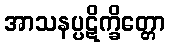
အာသနပ္ပဋိက္ခိတ္တော